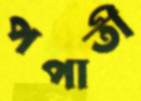
পপাতী